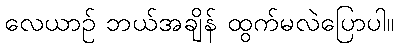
လေယာဉ် ဘယ်အချိန် ထွက်မလဲပြောပါ။